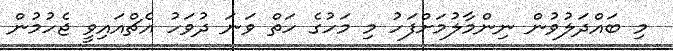
މި ބައްދަލުވުން ނިންމާލުމަށްފަހު މި މަހުގެ ހަތް ވަނަ ދުވަހު އެޗްއައިވީ ޖެހުމުން